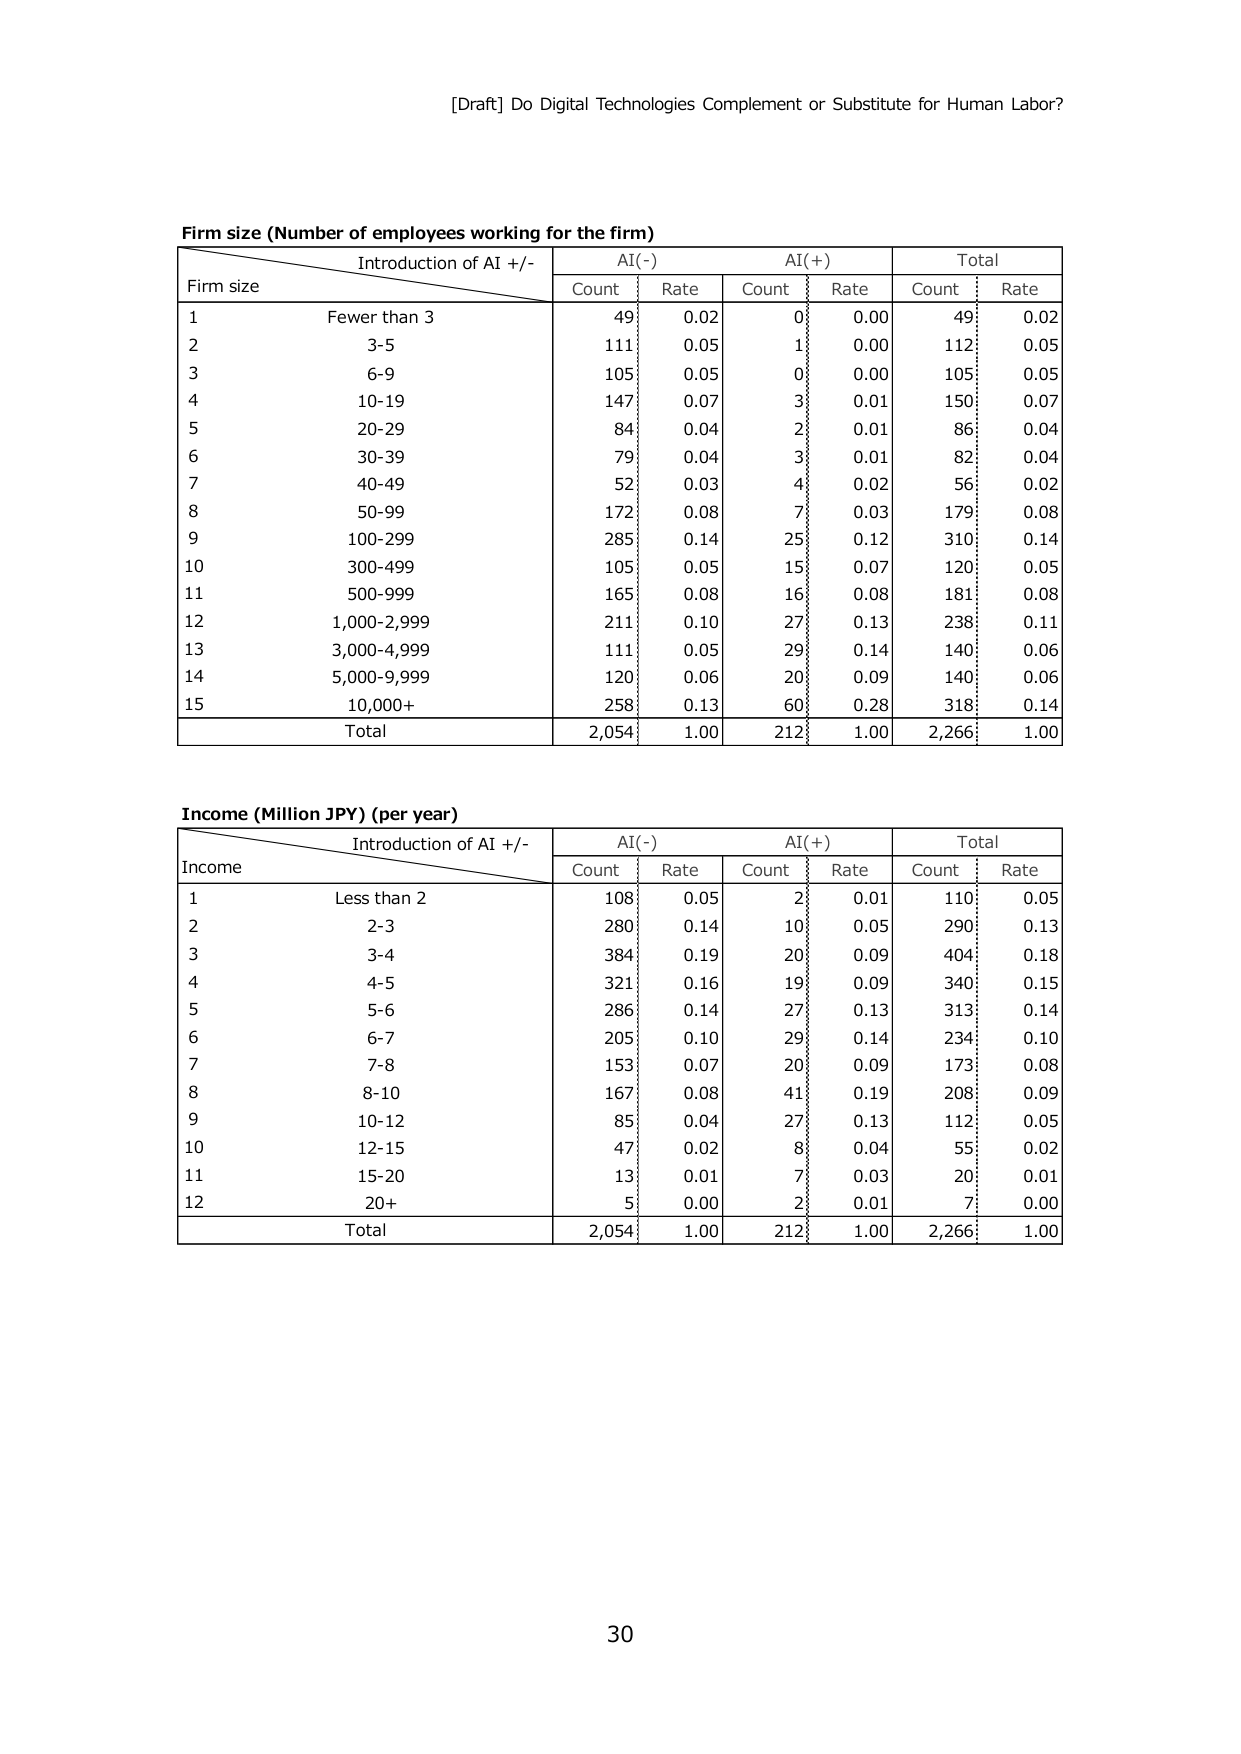
[Draft] Do Digital Technologies Complement or Substitute for Human Labor?

Firm size (Number of employees working for the firm)
Introduction of AI +/-
AI(-)        AI(+)        Total
Count   Rate    Count   Rate    Count   Rate
1   Fewer than 3    49    0.02    0   0.00    49    0.02
2   3-5             111   0.05    1   0.00    112   0.05
3   6-9             105   0.05    0   0.00    105   0.05
4   10-19           147   0.07    3   0.01    150   0.07
5   20-29           84    0.04    2   0.01    86    0.04
6   30-39           79    0.04    3   0.01    82    0.04
7   40-49           52    0.03    4   0.02    56    0.02
8   50-99           172   0.08    7   0.03    179   0.08
9   100-299         285   0.14    25  0.12    310   0.14
10  300-499         105   0.05    15  0.07    120   0.05
11  500-999         165   0.08    16  0.08    181   0.08
12  1,000-2,999     211   0.10    27  0.13    238   0.11
13  3,000-4,999     111   0.05    29  0.14    140   0.06
14  5,000-9,999     120   0.06    20  0.09    140   0.06
15  10,000+         258   0.13    60  0.28    318   0.14
Total               2,054   1.00    212   1.00    2,266   1.00

Income (Million JPY) (per year)
Introduction of AI +/-
AI(-)        AI(+)        Total
Count   Rate    Count   Rate    Count   Rate
1   Less than 2   108   0.05    2   0.01    110   0.05
2   2-3           280   0.14    10  0.05    290   0.13
3   3-4           384   0.19    20  0.09    404   0.18
4   4-5           321   0.16    19  0.09    340   0.15
5   5-6           286   0.14    27  0.13    313   0.14
6   6-7           205   0.10    29  0.14    234   0.10
7   7-8           153   0.07    20  0.09    173   0.08
8   8-10          167   0.08    41  0.19    208   0.09
9   10-12         85    0.04    27  0.13    112   0.05
10  12-15         47    0.02    8   0.04    55    0.02
11  15-20         13    0.01    7   0.03    20    0.01
12  20+           5     0.00    2   0.01    7     0.00
Total               2,054   1.00    212   1.00    2,266   1.00

30